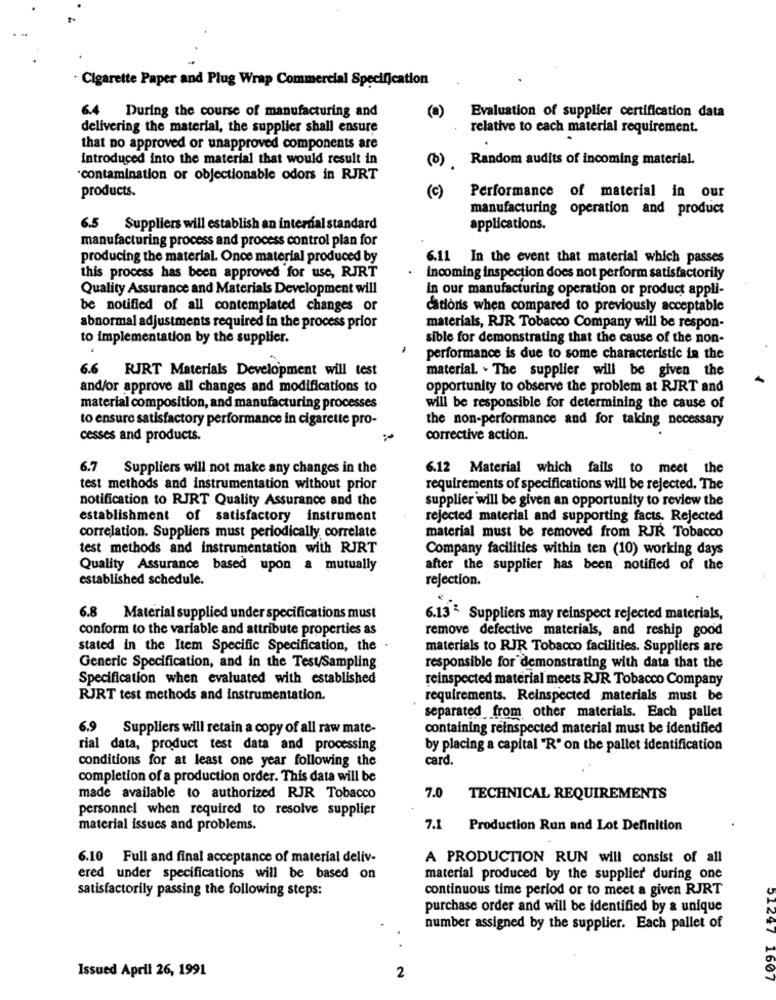
" Cigarette Paper and Plug Wrap Commercial Specification
Evaluation of supplier certification data
6.4 During the course of manufacturing and
(a)
delivering the material, the supplier shall ensure
relative to each material requirement.
that no approved or unapproved components are
introduced into the material that would result in
(b) Random audits of incoming material.
"contamination or objectionable odors in RJRT
products.
Performance of material in our
(c)
manufacturing operation and product
6.5 Suppliers will establish an internal standard
applications.
manufacturing process and process control plan for
producing the material. Once material produced by
6.11 In the event that material which passes
this process has been approved for use, RJRT
Incoming inspection does not perform satisfactorily
Quality Assurance and Materials Development will
In our manufacturing operation or product appli-
be notified of all contemplated changes or
cationis when compared to previously acceptable
abnormal adjustments required in the process prior
materials, RJR Tobacco Company will be respon-
to implementation by the supplier.
sible for demonstrating that the cause of the non-
performance is due to some characteristic in the
6.6 RJRT Materials Development will test
material. . The supplier will be given the
and/or approve all changes and modifications to
opportunity to observe the problem at RJRT and
material composition, and manufacturing processes
will be responsible for determining the cause of
to ensure satisfactory performance in cigarette pro-
the non-performance and for taking necessary
cesses and products.
corrective action.
6.7 Suppliers will not make any changes in the
6.12 Material which fails to meet the
test methods and instrumentation without prior
requirements of specifications will be rejected. The
notification to RJRT Quality Assurance and the
supplier will be given an opportunity to review the
establishment of satisfactory instrument
rejected material and supporting facts. Rejected
correlation. Suppliers must periodically, correlate
material must be removed from RJR Tobacco
test methods and instrumentation with RJRT
Company facilities within ten (10) working days
Quality Assurance based upon a mutually
after the supplier has been notified of the
established schedule.
rejection.
6.8 Material supplied under specifications must
6.13 & Suppliers may reinspect rejected materials,
conform to the variable and attribute properties as
remove defective materials, and reship good
stated in the Item Specific Specification, the
materials to RJR Tobacco facilities. Suppliers are
Generic Specification, and in the Test/Sampling
responsible for demonstrating with data that the
Specification when evaluated with established
reinspected material meets RJR Tobacco Company
RJRT test methods and instrumentation.
requirements. Reinspected materials must be
separated from other materials. Each pallet
6.9
Suppliers will retain a copy of all raw mate-
containing reinspected material must be identified
rial data, product test data and processing
by placing a capital "R" on the pallet identification
conditions for at least one year following the
card.
completion of a production order. This data will be
made available to authorized RJR Tobacco
7.0 TECHNICAL REQUIREMENTS
personnel when required to resolve supplier
material issues and problems.
7.1 Production Run and Lot Definition
6.10 Full and final acceptance of material deliv-
A PRODUCTION RUN will consist of all
ered under specifications will be based on
material produced by the supplier' during one
satisfactorily passing the following steps:
continuous time period or to meet a given RJRT
purchase order and will be identified by a unique
number assigned by the supplier. Each pallet of
. .
Issued April 26, 1991
2
1607